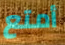
أمتع